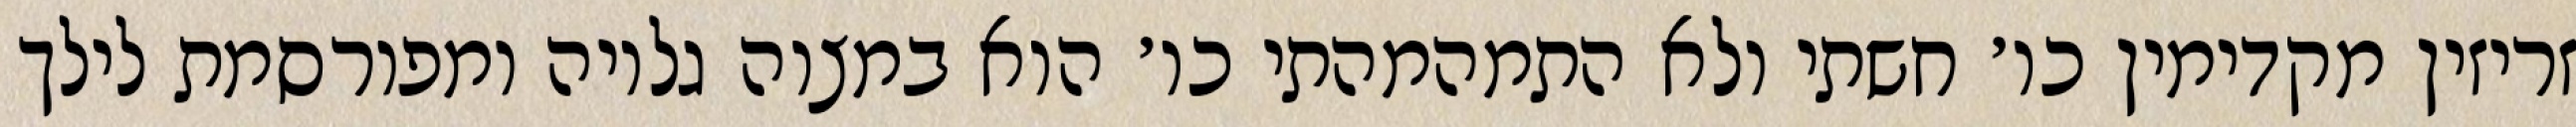
זריזין מקדימין כו׳ חשתי ולא התמהמהתי כו׳ הוא במצוה גלויה ומפורסמת לילך